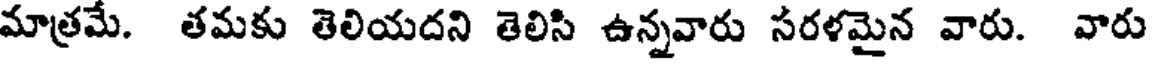
మాత్రమే. తమకు తెలియదని తెలిసి ఉన్నవారు సరళమైన వారు. వారు